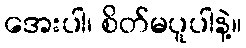
အေးပါ၊ စိတ်မပူပါနဲ့။